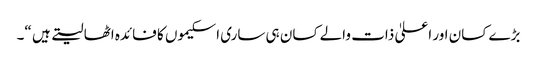
بڑے کسان اور اعلیٰ ذات والے کسان ہی ساری اسکیموں کا فائدہ اٹھا لیتے ہیں “۔